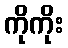
ကိုကိုး